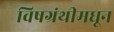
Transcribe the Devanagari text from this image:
विषग्रंथीमधून